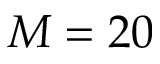
M = 2 0